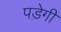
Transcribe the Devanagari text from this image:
पडे़गी